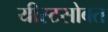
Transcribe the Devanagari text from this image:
यीस्टसोबत